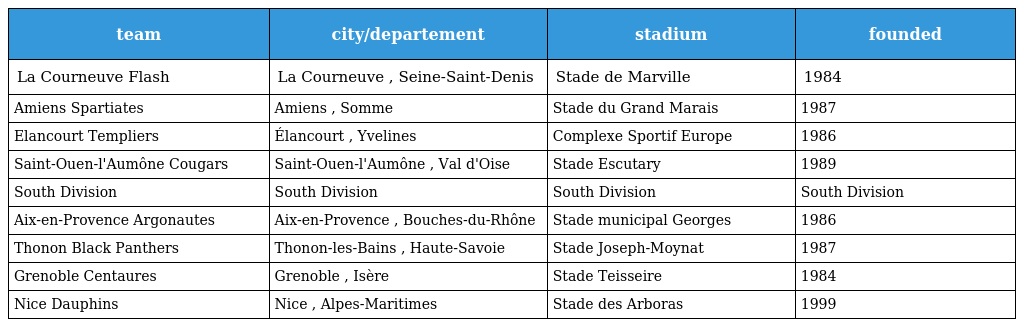
| team | city/departement | stadium | founded |
 | --- | --- | --- | --- |
 | La Courneuve Flash | La Courneuve , Seine-Saint-Denis | Stade de Marville | 1984 |
 | Amiens Spartiates | Amiens , Somme | Stade du Grand Marais | 1987 |
 | Elancourt Templiers | Élancourt , Yvelines | Complexe Sportif Europe | 1986 |
 | Saint-Ouen-l'Aumône Cougars | Saint-Ouen-l'Aumône , Val d'Oise | Stade Escutary | 1989 |
 | South Division | South Division | South Division | South Division |
 | Aix-en-Provence Argonautes | Aix-en-Provence , Bouches-du-Rhône | Stade municipal Georges | 1986 |
 | Thonon Black Panthers | Thonon-les-Bains , Haute-Savoie | Stade Joseph-Moynat | 1987 |
 | Grenoble Centaures | Grenoble , Isère | Stade Teisseire | 1984 |
 | Nice Dauphins | Nice , Alpes-Maritimes | Stade des Arboras | 1999 |